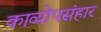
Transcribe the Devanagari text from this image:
काव्योपसंहार